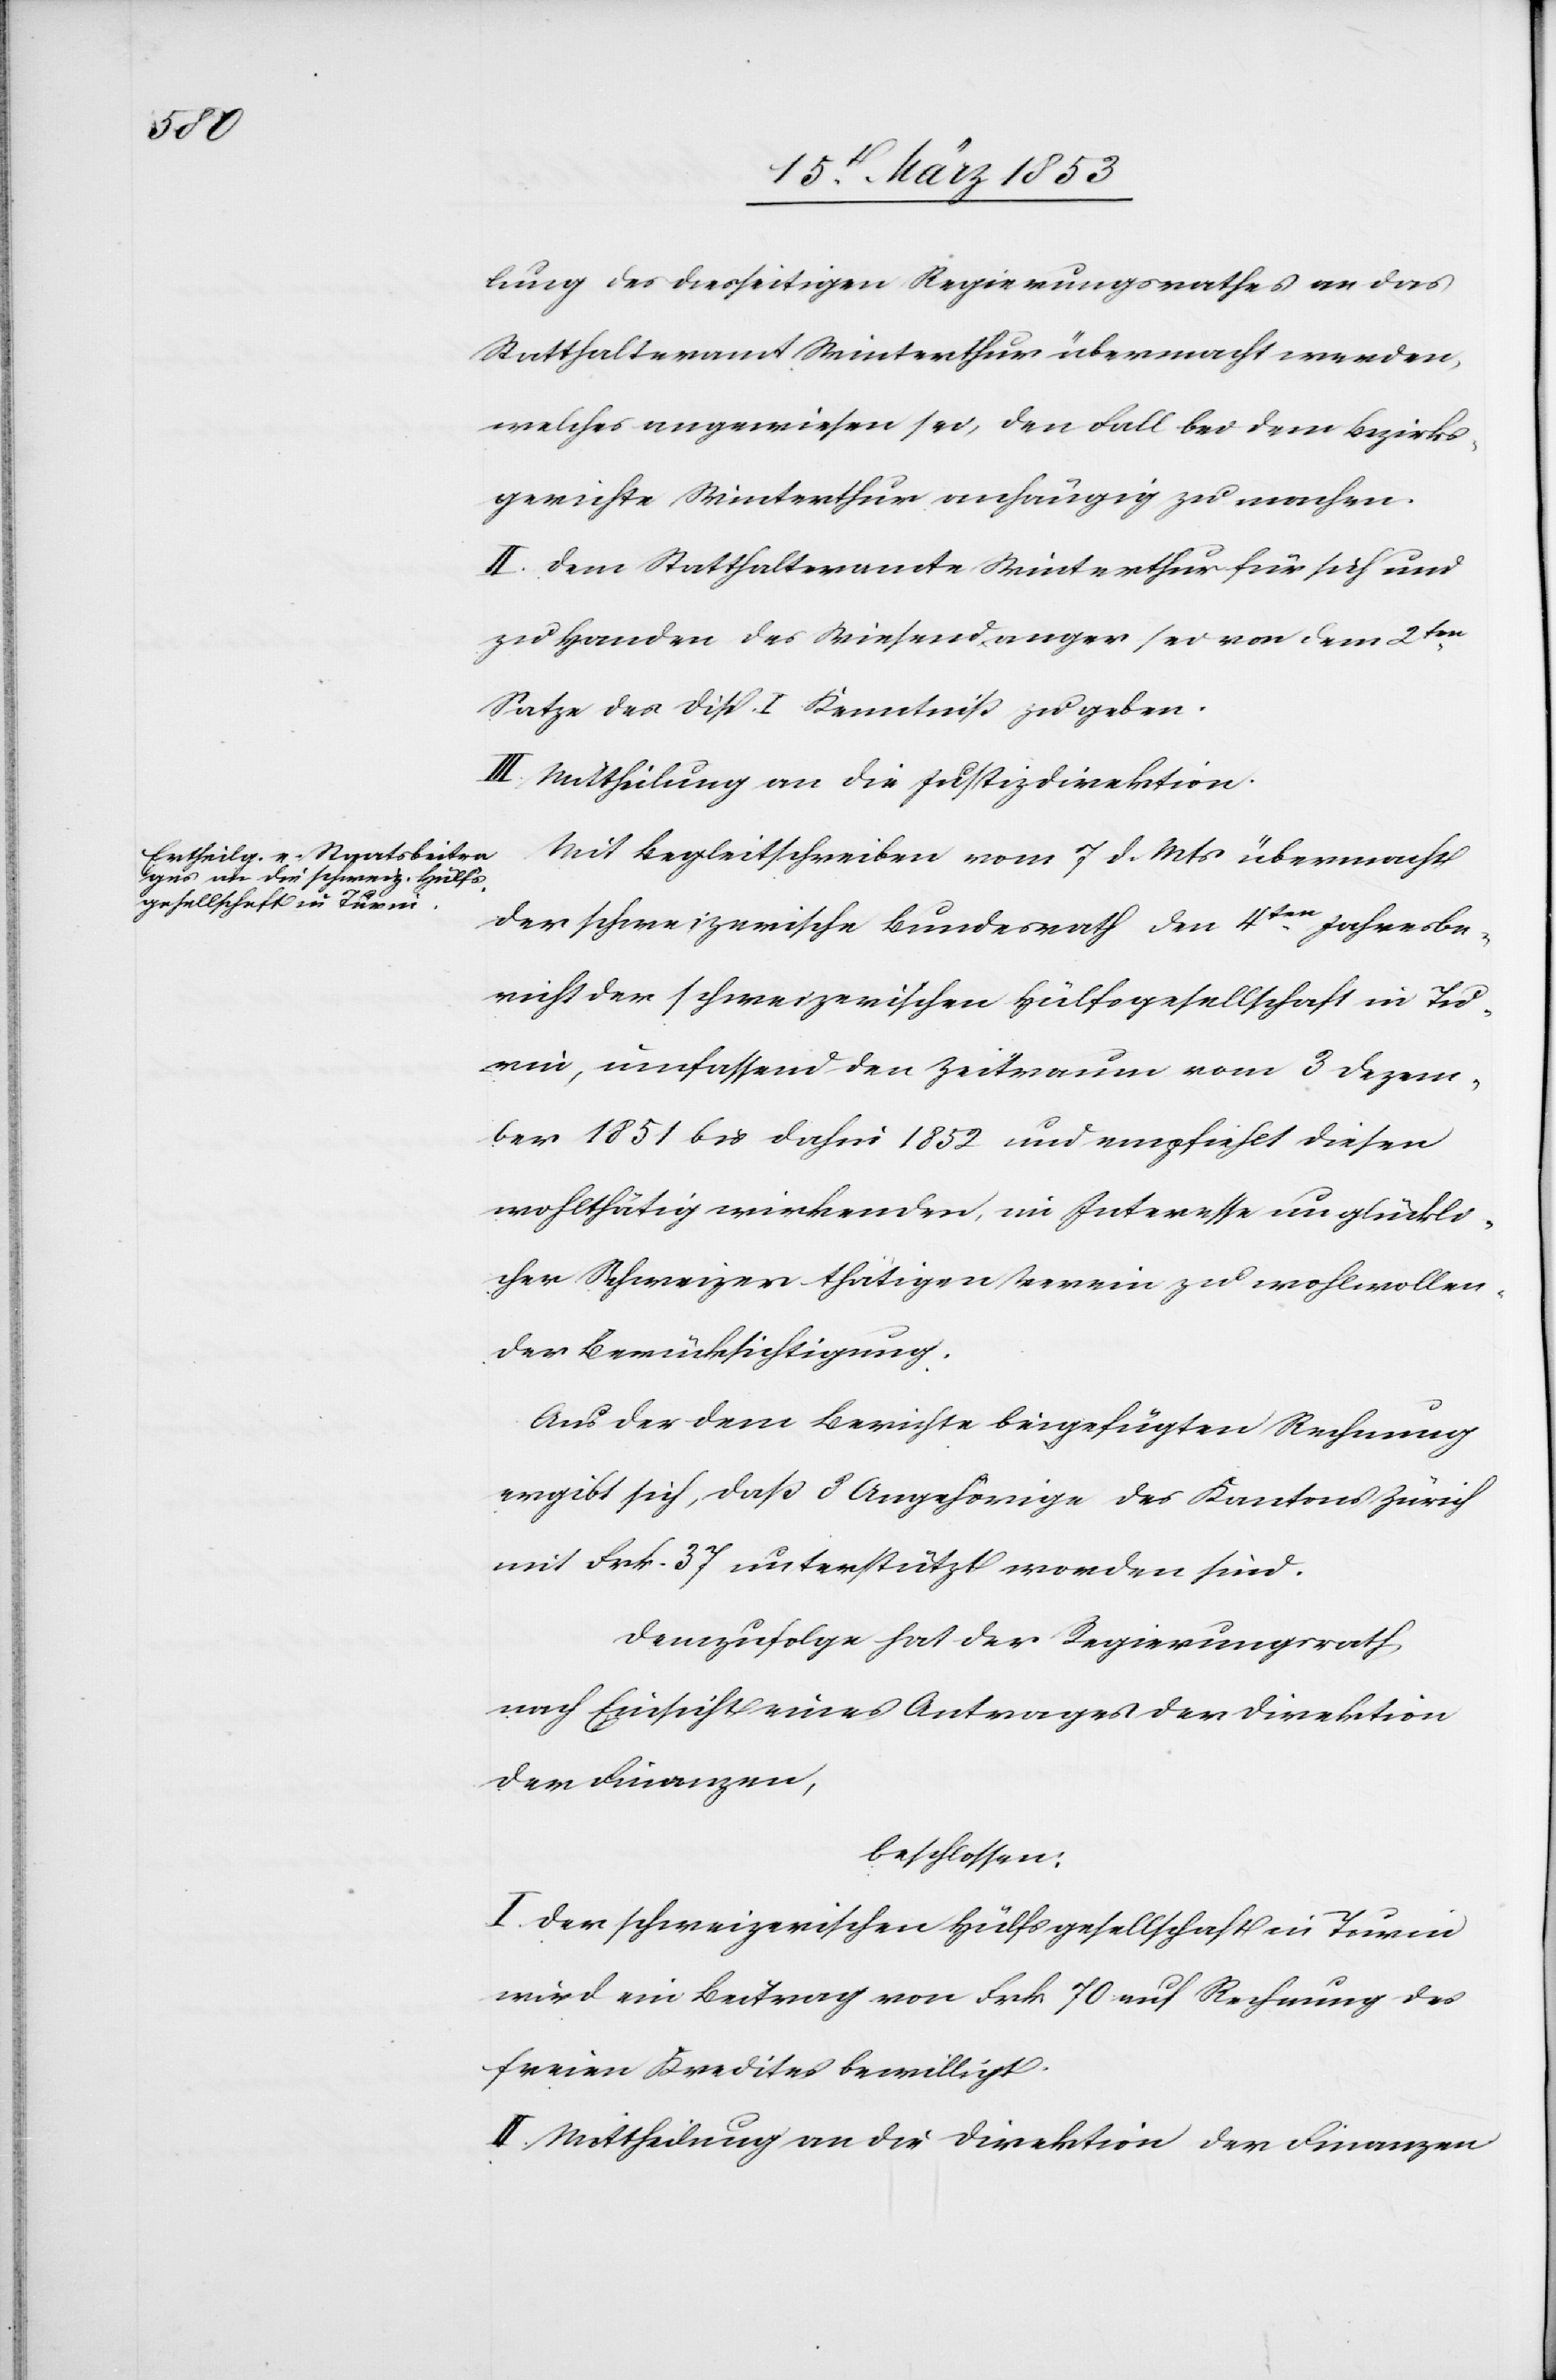
lung des diesseitigen Regierungsrathes an das
Statthalteramt Winterthur übermacht werden,
welches angewiesen sei, den Fall bei dem Bezirks¬
gerichte Winterthur anhängig zu machen.
II. Dem Statthalteramte Winterthur für sich und
zu Handen des Wiesendanger sei von dem 2ten.
Satze des Disp. I. Kenntniß zu geben.
III. Mittheilung an die Justizdirektion.
Mit Begleitschreiben vom 7 d. Mts. übermacht
der schweizerische Bundesrath den 4ten. Jahresbe¬
richt der schweizerischen Hülfsgesellschaft in Tu¬
rin, umfassend den Zeitraum vom 3 Dezem¬
ber 1851 bis dahin 1852 und empfiehlt diesen
wohlthätig wirkenden, im Interesse unglückli¬
cher Schweizer thätigen Verein zu wohlwollen¬
der Berücksichtigung.
Aus der dem Berichte beigefügten Rechnung
ergibt sich, daß 8 Angehörige des Kantons Zürich
mit Frk. 37 unterstützt worden sind.
Demzufolge hat der Regierungsrath,
nach Einsicht eines Antrages der Direktion
der Finanzen,
beschlossen:
I. Der schweizerischen Hülfsgesellschaft in Turin
wird ein Betrag von Frk. 70 auf Rechnung des
freien Kredits bewilligt.
II. Mittheilung an die Direktion der Finanzen